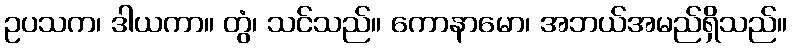
ဥပသက၊ ဒါယကာ။ တွံ၊ သင်သည်။ ကောနာမော၊ အဘယ်အမည်ရှိသည်။